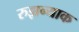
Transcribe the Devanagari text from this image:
रुझन्याक